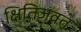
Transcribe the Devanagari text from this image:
क्षितिजवत